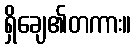
ရှိချေ၏တကား။